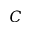
C